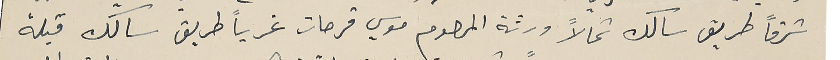
شرقاً طريق سالك شمالاً ورثة المرحوم موسي فرحات غرباً طريق سالك قبلة